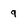
Character: 9